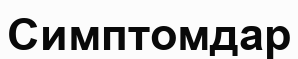
Симптомдар